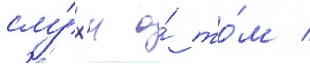
слу́х'и о́ то́м /